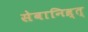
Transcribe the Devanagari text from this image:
सेवानिव्र्त्